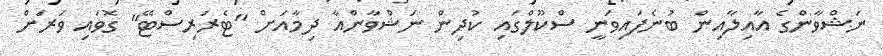
ނަޝްވާންގެ އާއިލާއިން ބުނެފައިވަނީ ސްކޫލްގައި ކުދިން ނަޝްވާންއާ ދިމާއަށް "ޓެރަރިސްޓޭ" ގޮވައި ވަރަށް